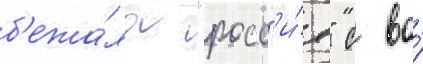
б'ежа́ла "росс'и́я" с во́